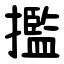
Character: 㩜